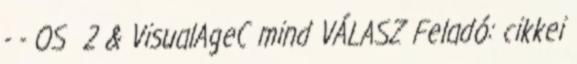
- - OS 2 & VisualAgeC mind VÁLASZ Feladó: cikkei